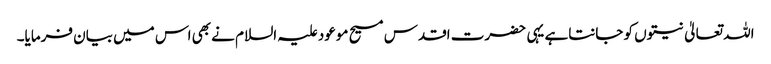
اللہ تعالیٰ نیتوں کو جانتاہے یہی حضرت اقدس مسیح موعود علیہ السلام نے بھی اس میں بیان فرمایا۔